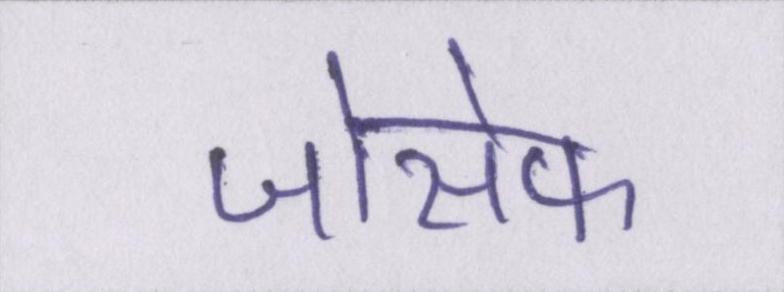
जोसेफ